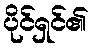
ပိုင်ရှင်၏